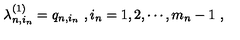
\lambda _ { n , i _ { n } } ^ { ( 1 ) } = q _ { n , i _ { n } } \ , i _ { n } = 1 , 2 , \cdots , m _ { n } - 1 \ ,